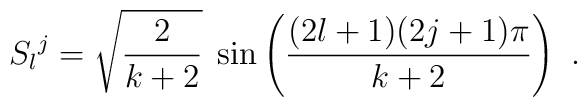
S_l{}^j = \sqrt{\frac{2}{k+2}}\;          \sin\left(\frac{(2l+1)(2j+1)\pi}{k+2}\right)\ .